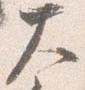
大